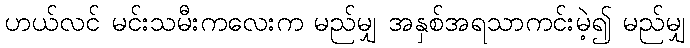
ဟယ်လင် မင်းသမီးကလေးက မည်မျှ အနှစ်အရသာကင်းမဲ့၍ မည်မျှ